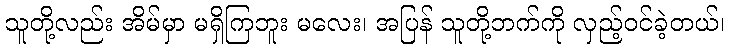
သူတို့လည်း အိမ်မှာ မရှိကြဘူး မလေး၊ အပြန် သူတို့ဘက်ကို လှည့်ဝင်ခဲ့တယ်၊